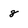
Character: 8